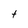
Character: t